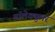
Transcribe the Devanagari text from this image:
मॉलेक्‍युलर